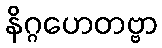
နိဂ္ဂဟေတဗ္ဗာ